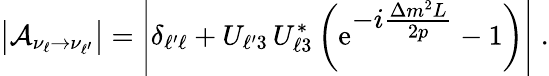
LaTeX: \left|\mathcal{A}_{\nu_{\ell}\to\nu_{\ell^{\prime}}}\right|=\left|\delta_{{\ell^{\prime}}{\ell}}+U_{{\ell^{\prime}}3}\, U_{{\ell}3}^{*}\left(\mathrm{e}^{\textstyle-i\frac{\Delta{m}^{2}L}{2p}}-1\right)\right|\; .